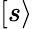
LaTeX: [s\rangle